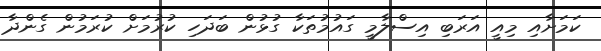
ކަމަށާއި މިއީ އަރަބި އިސްލާމީ ގައުމުތަކާ ގުޅުން ބަދަހި ކުރުމަށް ކުރަމުން ގެންދާ